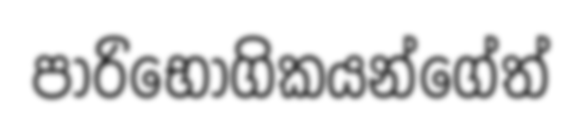
පාරිභෝගිකයන්ගේත්